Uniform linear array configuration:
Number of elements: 4
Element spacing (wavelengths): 0.25
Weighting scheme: binomial
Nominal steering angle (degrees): -60
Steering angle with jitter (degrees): -61.704
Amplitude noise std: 0.05
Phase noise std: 0.05

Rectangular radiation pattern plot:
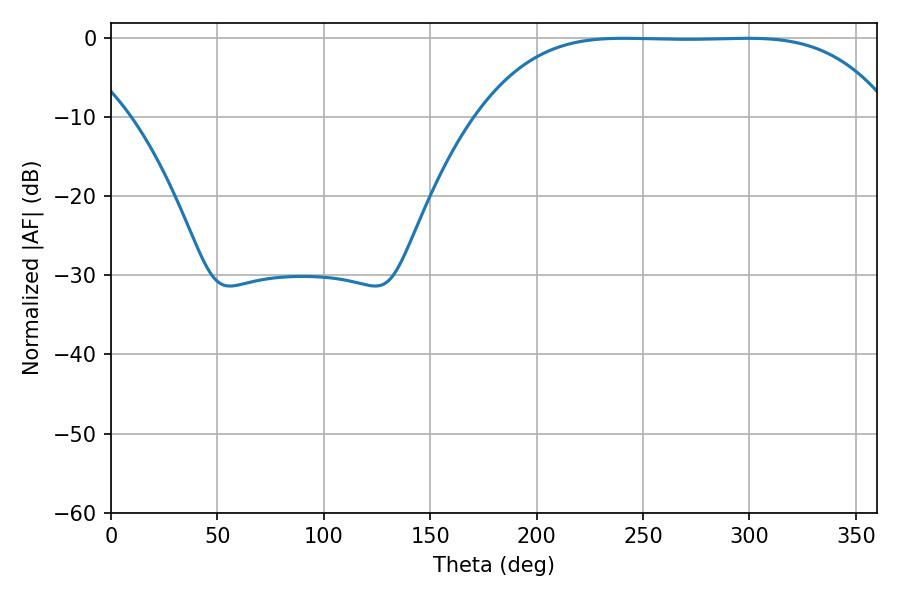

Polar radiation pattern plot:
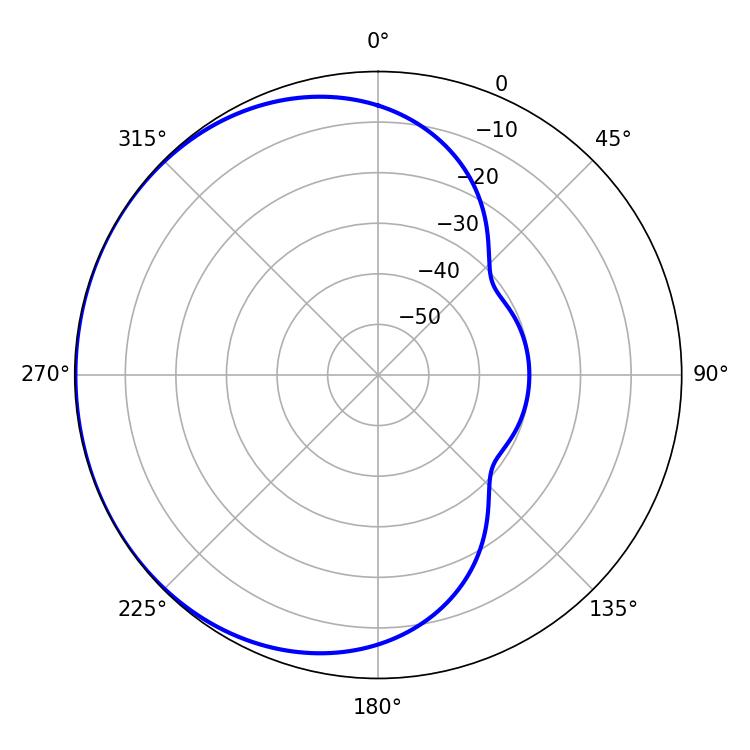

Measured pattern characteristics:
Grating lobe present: FALSE
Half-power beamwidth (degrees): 147.96
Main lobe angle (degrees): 241.02